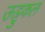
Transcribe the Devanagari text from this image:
ऊट्टुकल